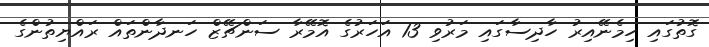
ގޮތުގައި ހިމެނޭއިރު ހާދިސާގައި މަރުވި 13 އަހަރުގެ އޮމޭރާ ސަންޗޭޒް ހަނދާންތައް ރައްޔިތުންގެ